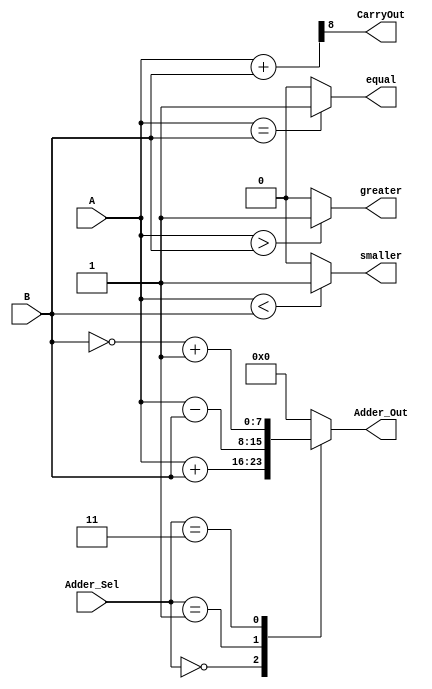
//Adder
module adder(
           input [7:0] A,B,  				  // ALU 8-bit Inputs                 
           input [1:0] Adder_Sel,		  // ALU Selection
           output [7:0] Adder_Out, 		  // ALU 8-bit Output
			  output equal,greater,smaller, //comparison Flags
			  output CarryOut  				  // Carry Out Flag
    );

//internal signals
    reg [7:0] Adder_Result;
    wire [8:0] tmp;
	 //continous assignment
    assign Adder_Out = Adder_Result; // Adder out
    assign tmp = {1'b0,A} + {1'b0,B};
    assign CarryOut = tmp[8]; // Carryout flag
	 assign equal   = (A==B)?1'd1:1'd0 ;
	 assign greater = (A>B)	?1'd1:1'd0 ;
	 assign smaller = (A<B) ?1'd1:1'd0 ; 

	always@(*)
	begin
	case(Adder_Sel)
        2'b00: // Addition
           Adder_Result = A + B ; 
        2'b01: // Subtraction
           Adder_Result = A - B ;
        2'b11: // 2's compliment
           Adder_Result = ~B + 8'h01;
		  default: Adder_Result = 8'h00 ;
		  
        endcase  

	end
endmodule